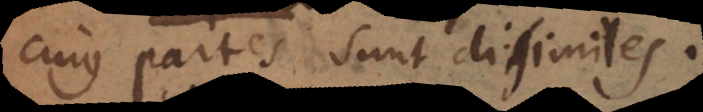
cujus partes sunt dissimiles.